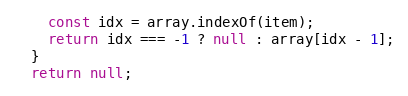
Language: JavaScript
    const idx = array.indexOf(item);
    return idx === -1 ? null : array[idx - 1];
  }
  return null;